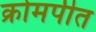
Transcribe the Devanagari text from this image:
क्रोमपीत